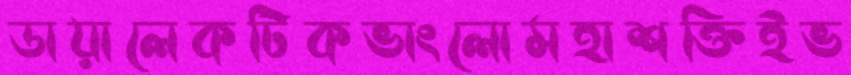
ডায়ালেকটিকভাংলোমহাশক্তিইভ